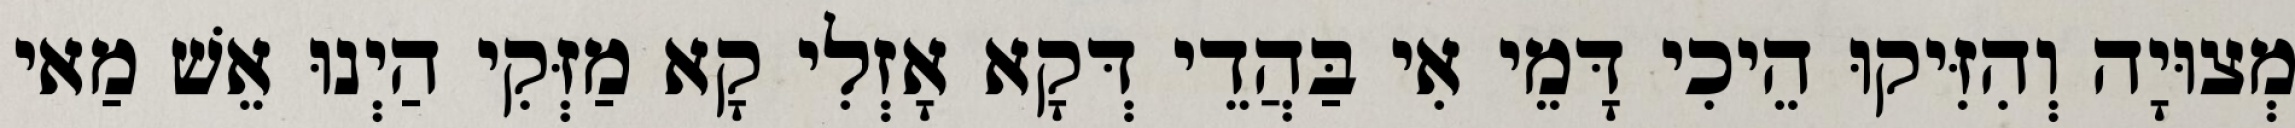
מְצוּיָה וְהִזִּיקוּ הֵיכִי דָּמֵי אִי בַּהֲדֵי דְּקָא אָזְלִי קָא מַזְּקִי הַיְנוּ אֵשׁ מַאי